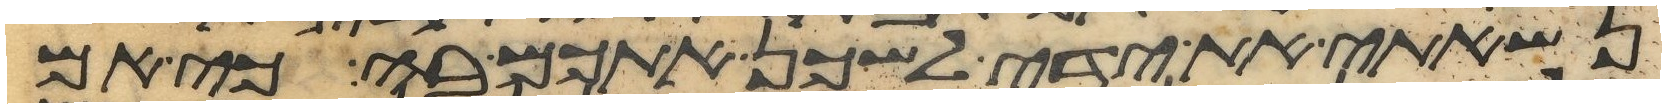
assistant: נשאתי את ידי לשכן אתכם בה כי אם